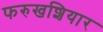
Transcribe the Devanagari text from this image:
फरुखशियार